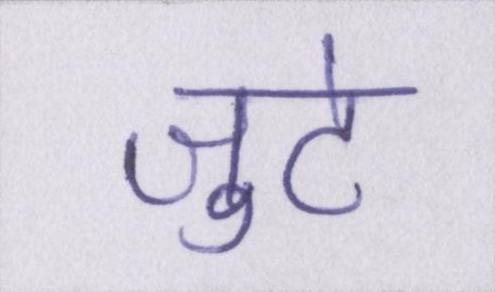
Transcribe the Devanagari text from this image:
जुटे